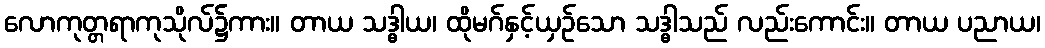
လောကုတ္တရာကုသိုလ်၌ကား။ တာယ သဒ္ဓါယ၊ ထိုမဂ်နှင့်ယှဉ်သော သဒ္ဓါသည် လည်းကောင်း။ တာယ ပညာယ၊